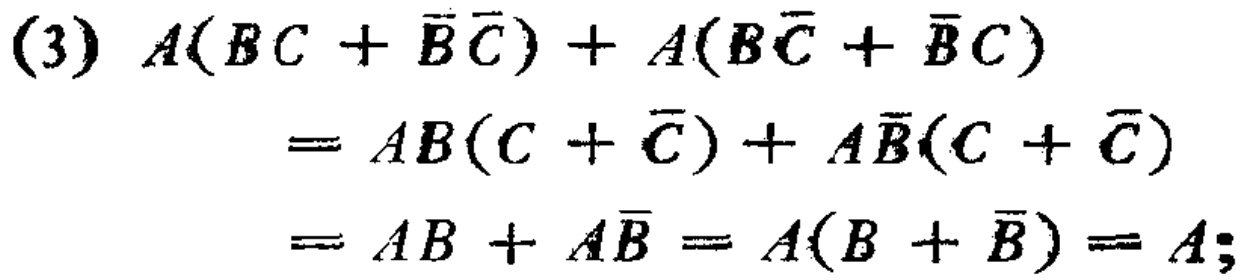
\begin{align*}

(3)\ A(BC + \overline{B}\overline{C}) + A(B\overline{C} + \overline{B}C)

&= AB(C + \overline{C}) + A\overline{B}(C + \overline{C})\\

&= AB + A\overline{B} = A(B + \overline{B}) = A;

\end{align*}